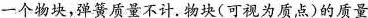
一个物块，弹簧质量不计.物块(可视为质点)的质量